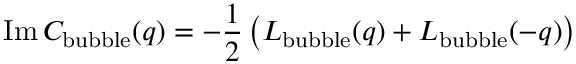
\mathrm { I m } \, C _ { \mathrm { b u b b l e } } ( q ) = - { \frac { 1 } { 2 } } \left( L _ { \mathrm { b u b b l e } } ( q ) + L _ { \mathrm { b u b b l e } } ( - q ) \right) \;